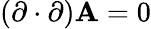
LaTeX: (\mathbf{\partial}\cdot\mathbf{\partial})\mathbf{A}=0